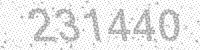
Solution: 231440